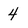
Character: 4